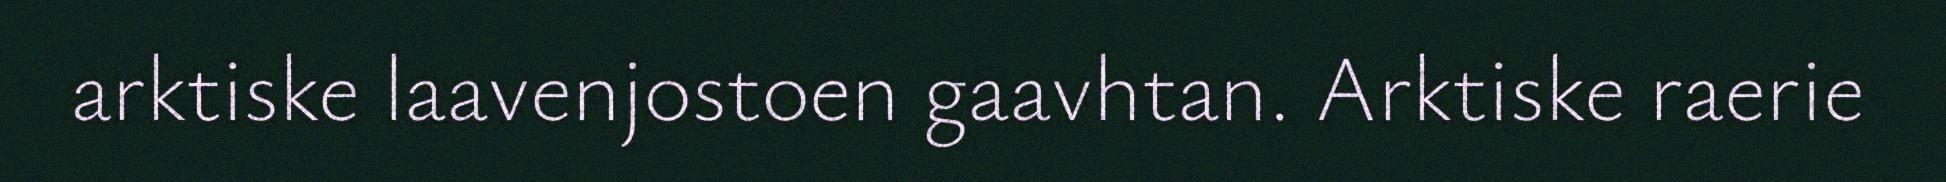
arktiske laavenjostoen gaavhtan. Arktiske raerie